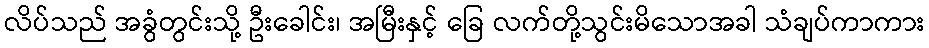
လိပ်သည် အခွံတွင်းသို့ ဦးခေါင်း၊ အမြီးနှင့် ခြေ လက်တို့သွင်းမိသောအခါ သံချပ်ကာကား